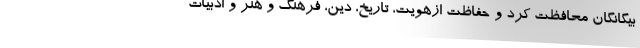
بیگانگان محافظت کرد و حفاظت ازهویت، تاریخ، دین، فرهنگ و هنر و ادبیات